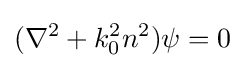
(\nabla ^{2}+k_{0}^{2}n^{2})\psi =0